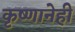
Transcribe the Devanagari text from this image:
कृष्णानेही